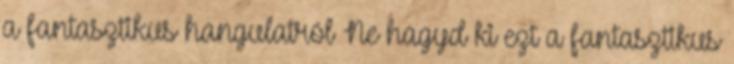
a fantasztikus hangulatról Ne hagyd ki ezt a fantasztikus